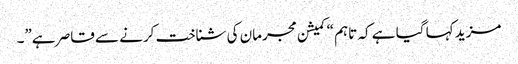
مزید کہا گیا ہے کہ تاہم “کمیشن مجرمان کی شناخت کرنے سے قاصر ہے”۔